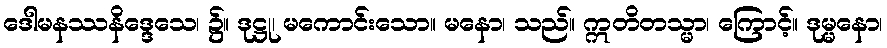
ဒေါမနဿနိဒ္ဒေသေ၊ ၌။ ဒုဋ္ဌု၊ မကောင်းသော။ မနော၊ သည်။ ဣတိတသ္မာ၊ ကြောင့်။ ဒုမ္မနော၊